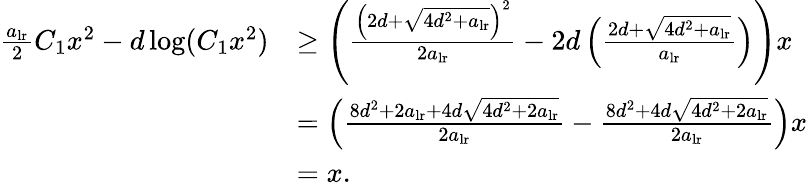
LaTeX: \begin{array}{rl}{\frac{a_{\mathrm{lr}}}{2}C_{1}x^{2}-d\log(C_{1}x^{2})}&{\geq\left(\frac{\left(2d+\sqrt{4d^{2}+a_{\mathrm{lr}}}\right)^{2}}{2a_{\mathrm{lr}}}-2d\left(\frac{2d+\sqrt{4d^{2}+a_{\mathrm{lr}}}}{a_{\mathrm{lr}}}\right)\right)x}\\ &{=\left(\frac{8d^{2}+2a_{\mathrm{lr}}+4d\sqrt{4d^{2}+2a_{\mathrm{lr}}}}{2a_{\mathrm{lr}}}-\frac{8d^{2}+4d\sqrt{4d^{2}+2a_{\mathrm{lr}}}}{2a_{\mathrm{lr}}}\right)x}\\ &{=x.}\end{array}